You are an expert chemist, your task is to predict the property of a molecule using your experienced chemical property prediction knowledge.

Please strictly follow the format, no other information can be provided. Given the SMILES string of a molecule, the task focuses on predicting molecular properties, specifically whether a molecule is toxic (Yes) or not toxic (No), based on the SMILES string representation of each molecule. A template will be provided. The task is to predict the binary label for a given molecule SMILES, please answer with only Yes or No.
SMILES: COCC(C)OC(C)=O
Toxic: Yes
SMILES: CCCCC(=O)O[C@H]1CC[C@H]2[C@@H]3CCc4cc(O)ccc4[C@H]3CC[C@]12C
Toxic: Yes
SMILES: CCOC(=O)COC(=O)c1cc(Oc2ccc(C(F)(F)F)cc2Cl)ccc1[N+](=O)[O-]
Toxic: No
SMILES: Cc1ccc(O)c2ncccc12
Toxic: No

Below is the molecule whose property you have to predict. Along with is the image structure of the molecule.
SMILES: Cn1c(=O)c2c(ncn2C)n(C)c1=O.O=C(O)CC(O)(CC(=O)O)C(=O)O
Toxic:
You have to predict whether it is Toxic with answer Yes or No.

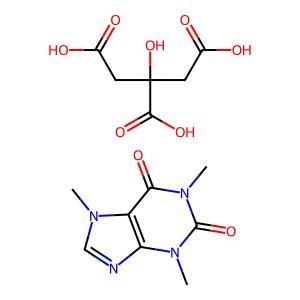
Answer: No